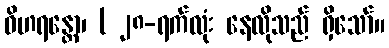
ဝိဟရန္တော၊ ( ၂၈-ရက်လုံး နေလိုသည် ရှိသော်။